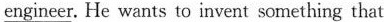
engineer. He wants to invent something that